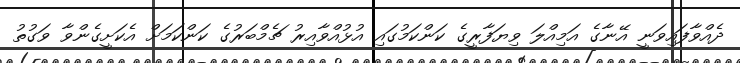
ދެއްވާފައިވަނީ އޭނާގެ އަމިއްލަ ވިޔަފާރީގެ ކަންކަމުގައި އުޅުއްވާއިރު ޗެމްބަރުގެ ކަންކަމަށް އެކަށީގެންވާ ވަގުތު